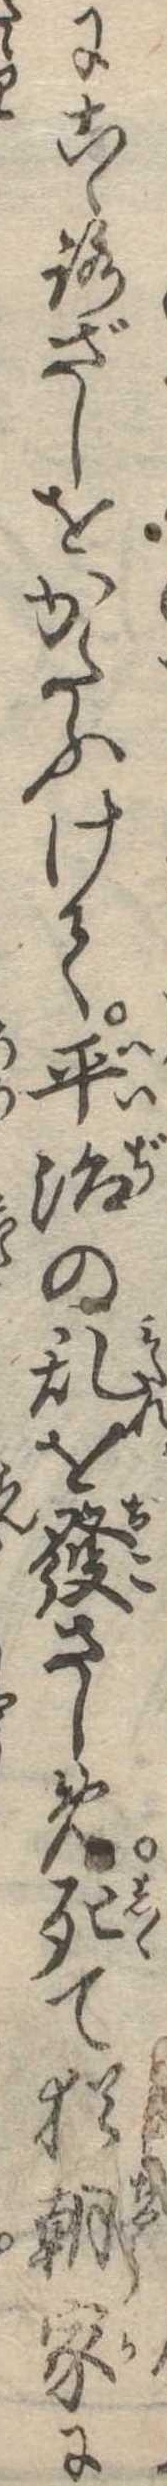
にこゝろざしをかたふけて平治の乱を発さしめ死て猶朝家に